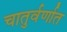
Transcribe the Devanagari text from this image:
चातुर्वर्णात